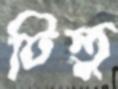
টিন্তু